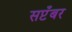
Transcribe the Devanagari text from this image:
सप्टँबर